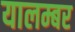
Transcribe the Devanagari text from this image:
यालम्बर